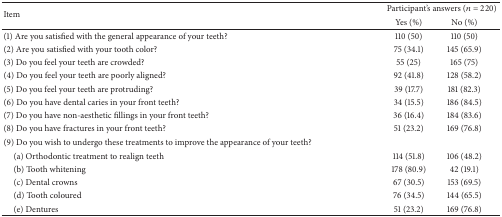
| <ROWSPAN=2> Item | <COLSPAN=2> Participant's answers (n = 220) |
 | Yes (%) | No (%) |
 | --- | --- | --- |
 | (1) Are you satisfied with the general appearance of your teeth? | 110 (50) | 110 (50) |
 | (2) Are you satisfied with your tooth color? | 75 (34.1) | 145 (65.9) |
 | (3) Do you feel your teeth are crowded? | 55 (25) | 165 (75) |
 | (4) Do you feel your teeth are poorly aligned? | 92 (41.8) | 128 (58.2) |
 | (5) Do you feel your teeth are protruding? | 39 (17.7) | 181 (82.3) |
 | (6) Do you have dental caries in your front teeth? | 34 (15.5) | 186 (84.5) |
 | (7) Do you have non-aesthetic fillings in your front teeth? | 36 (16.4) | 184 (83.6) |
 | (8) Do you have fractures in your front teeth? | 51 (23.2) | 169 (76.8) |
 | (9) Do you wish to undergo these treatments to improve the appearance of your teeth? |  |  |
 | (a) Orthodontic treatment to realign teeth | 114 (51.8) | 106 (48.2) |
 | (b) Tooth whitening | 178 (80.9) | 42 (19.1) |
 | (c) Dental crowns | 67 (30.5) | 153 (69.5) |
 | (d) Tooth coloured | 76 (34.5) | 144 (65.5) |
 | (e) Dentures | 51 (23.2) | 169 (76.8) |